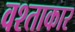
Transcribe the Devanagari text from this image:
वश्ताकार